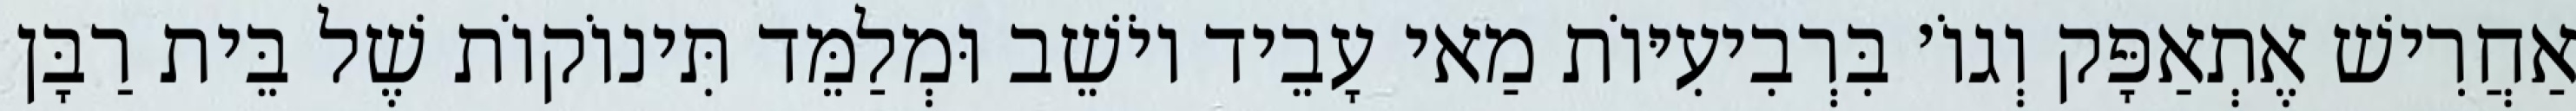
אַחֲרִישׁ אֶתְאַפָּק וְגוֹ׳ בִּרְבִיעִיּוֹת מַאי עָבֵיד יוֹשֵׁב וּמְלַמֵּד תִּינוֹקוֹת שֶׁל בֵּית רַבָּן